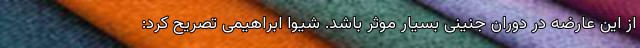
از این عارضه در دوران جنینی بسیار موثر باشد. شیوا ابراهیمی تصریح کرد: